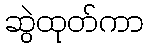
ဆွဲထုတ်ကာ